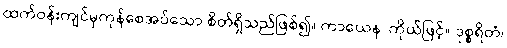
ထက်ဝန်းကျင်မှကုန်စေအပ်သော စိတ်ရှိသည်ဖြစ်၍။ ကာယေန၊ ကိုယ်ဖြင့်။ ဒုစ္စရိတံ၊